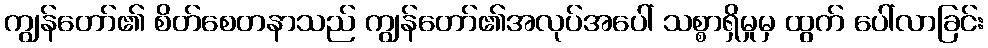
ကျွန်တော်၏ စိတ်စေတနာသည် ကျွန်တော်၏အလုပ်အပေါ် သစ္စာရှိမှုမှ ထွက် ပေါ်လာခြင်း